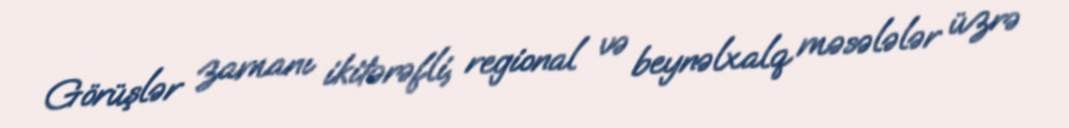
Görüşlər zamanı ikitərəfli, regional və beynəlxalq məsələlər üzrə